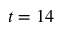
t = 1 4